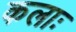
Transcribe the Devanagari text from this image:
कलाः